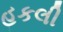
હકલી